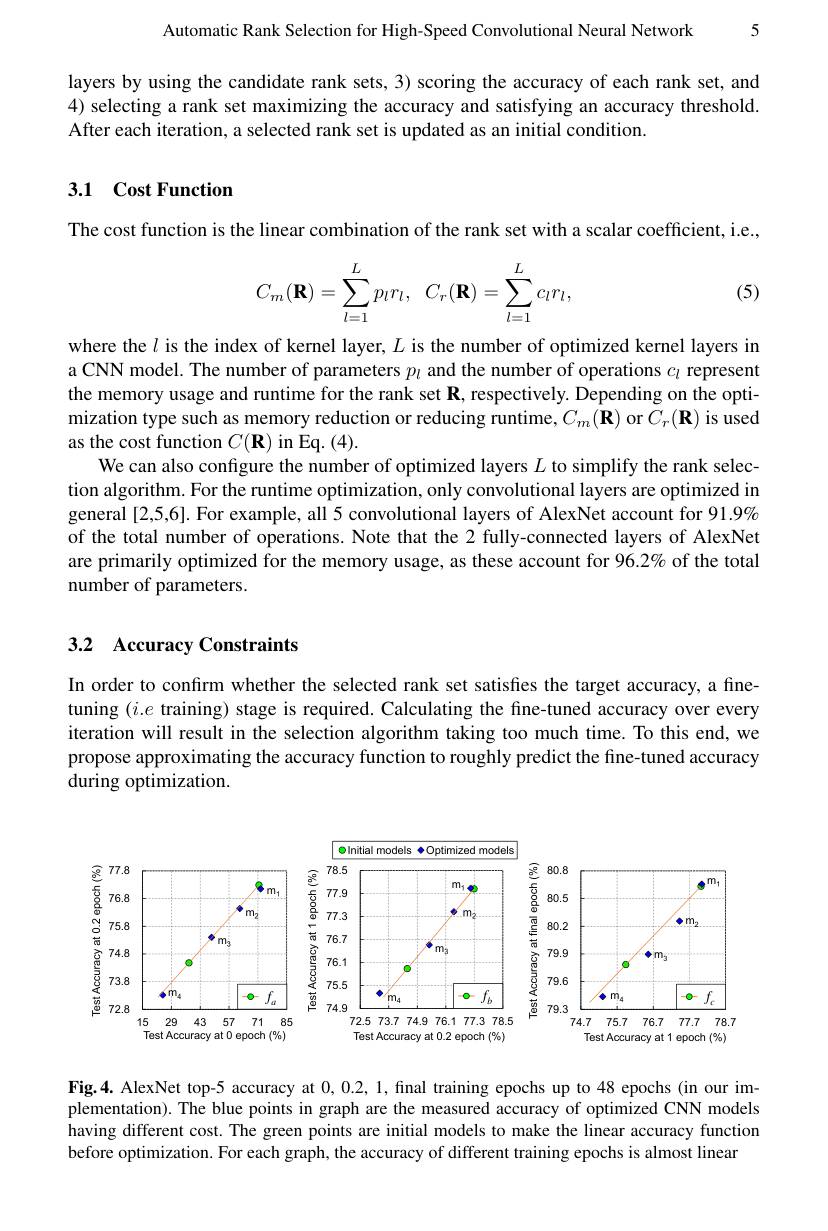
5

Automatic Rank Selection for High-Speed Convolutional Neural Network

layers by using the candidate rank sets, 3) scoring the accuracy of each rank set, and 4) selecting a rank set maximizing the accuracy and satisfying an accuracy threshold. After each iteration, a selected rank set is updated as an initial condition.

## 3.1 Cost Function

The cost function is the linear combination of the rank set with a scalar coefficient, i.e.,
$$C_m(\mathbf{R})=\sum\limits_{l=1}^Lp_lr_l,\:C_r(\mathbf{R})=\sum\limits_{l=1}^Lc_lr_l,$$
(5)

where the $l$ is the index of kernel layer, $L$ is the number of optimized kernel layers in a CNN model. The number of parameters $p_l$ and the number of operations $c_l$ represent the memory usage and runtime for the rank set $\mathbf{R}$, respectively. Depending on the optimization type such as memory reduction or reducing runtime, $C_m(\mathbf{R})$ or $C_r(\mathbf{R})$ is used as the cost function $C(\mathbf{R})$ in Eq. (4).
We can also configure the number of optimized layers $L$ to simplify the rank selection algorithm. For the runtime optimization, only convolutional layers are optimized in general [2,5,6]. For example, all 5 convolutional layers of AlexNet account for 91.9% of the total number of operations. Note that the 2 fully-connected layers of AlexNet are primarily optimized for the memory usage, as these account for $96.2\%$ of the total number of parameters.

## 3.2 Accuracy Constraints

In order to confırm whether the selected rank set satisfıes the target accuracy, a fınetuning $(i.e$ training) stage is required. Calculating the fine-tuned accuracy over every iteration will result in the selection algorithm taking too much time. To this end, we propose approximating the accuracy function to roughly predict the fine-tuned accuracy during optimization.

<FigureHere>

Fig.4. AlexNet top-5 accuracy at 0,0.2,1, final training epochs up to 48 epochs (in our implementation). The blue points in graph are the measured accuracy of optimized CNN models having different cost. The green points are initial models to make the linear accuracy function before optimization. For each graph, the accuracy of different training epochs is almost linear